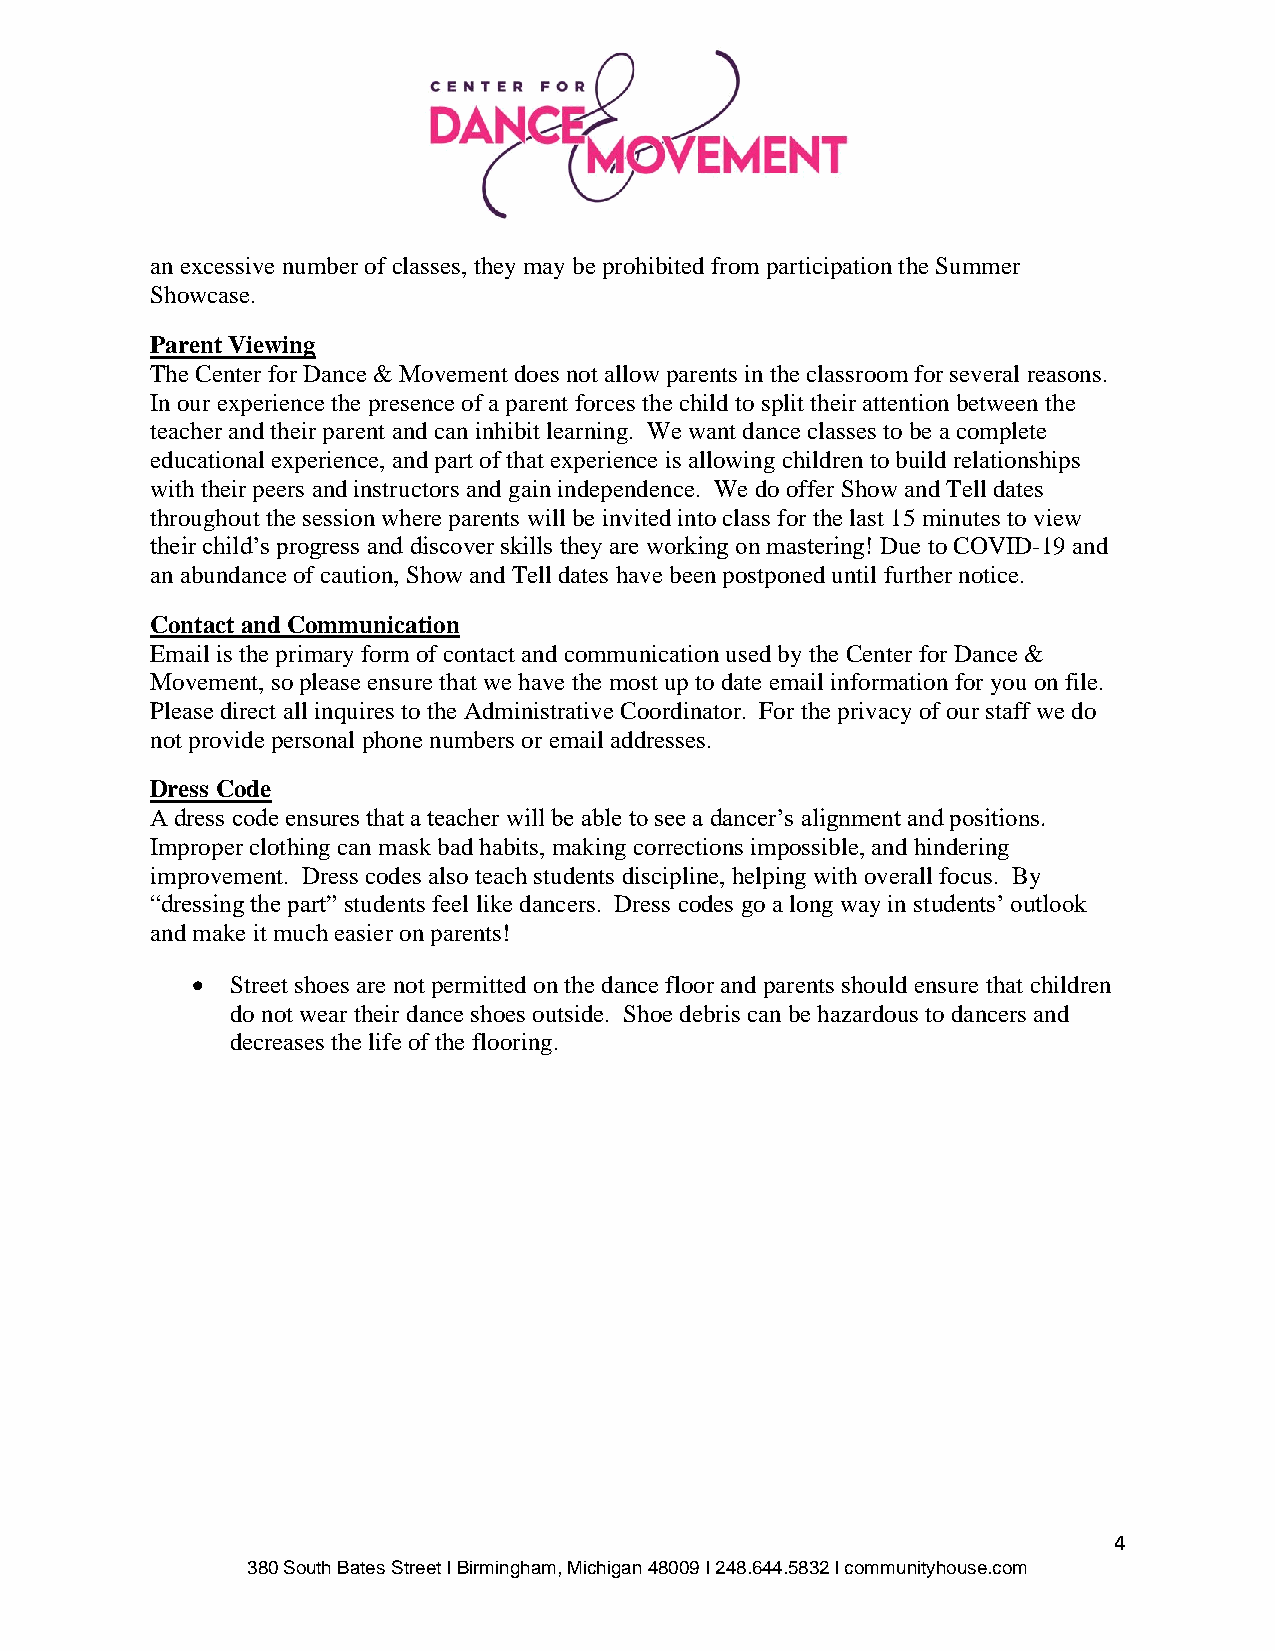
an excessive number of classes, they may be prohibited from participation the Summer
 Showcase.
 Parent Viewing
 The Center for Dance & Movement does not allow parents in the classroom for several reasons.
 In our experience the presence of a parent forces the child to split their attention between the
 teacher and their parent and can inhibit learning. We want dance classes to be a complete
 educational experience, and part of that experience is allowing children to build relationships
 with their peers and instructors and gain independence. We do offer Show and Tell dates
 throughout the session where parents will be invited into class for the last 15 minutes to view
 their child’s progress and discover skills they are working on mastering! Due to COVID-19 and
 an abundance of caution, Show and Tell dates have been postponed until further notice.
 Contact and Communication
 Email is the primary form of contact and communication used by the Center for Dance &
 Movement, so please ensure that we have the most up to date email information for you on file.
 Please direct all inquires to the Administrative Coordinator. For the privacy of our staff we do
 not provide personal phone numbers or email addresses.
 Dress Code
 A dress code ensures that a teacher will be able to see a dancer’s alignment and positions.
 Improper clothing can mask bad habits, making corrections impossible, and hindering
 improvement. Dress codes also teach students discipline, helping with overall focus. By
 “dressing the part” students feel like dancers. Dress codes go a long way in students’ outlook
 and make it much easier on parents!
 • Street shoes are not permitted on the dance floor and parents should ensure that children
 do not wear their dance shoes outside. Shoe debris can be hazardous to dancers and
 decreases the life of the flooring.
 4
 380 South Bates Street I Birmingham, Michigan 48009 I 248.644.5832 I communityhouse.com